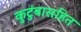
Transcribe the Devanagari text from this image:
कुटुंबासहित